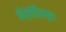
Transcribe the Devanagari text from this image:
कोस्मोफिल्ला